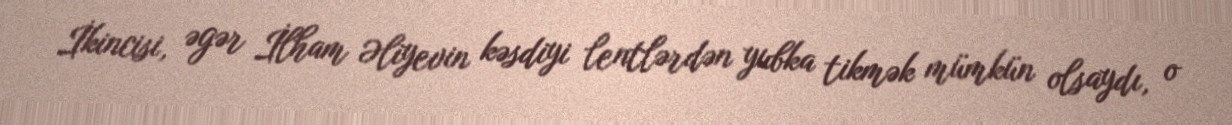
İkincisi, əgər İlham Əliyevin kəsdiyi lentlərdən yubka tikmək mümkün olsaydı, o